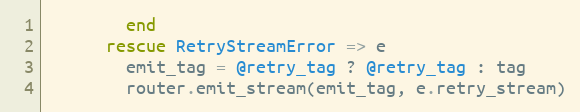
Language: Ruby
        end
      rescue RetryStreamError => e
        emit_tag = @retry_tag ? @retry_tag : tag
        router.emit_stream(emit_tag, e.retry_stream)